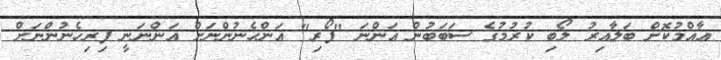
ޢާއްމުކޮށް ބަލާއިރު ލޯބި ކުރުމުގެ ސަބަބުން އަންނަ "ފޯރި" އަންހެނުންނަށް އަންނަނީ ފިރިހެނުންނަށް